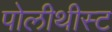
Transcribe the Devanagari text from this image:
पोलीथीस्ट